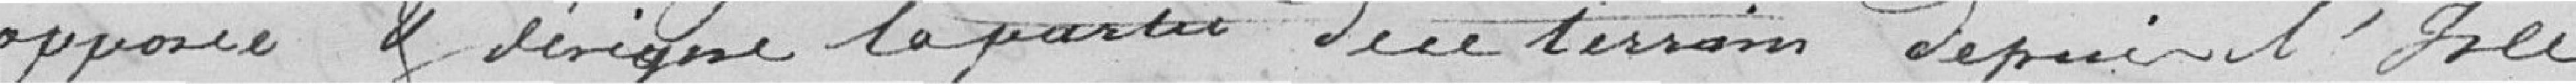
opposée etl désigne la partie du terrain depuis l'Isle